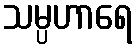
သမ္ပဟာရေ